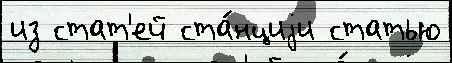
из стат'ей ста́нциjи статью